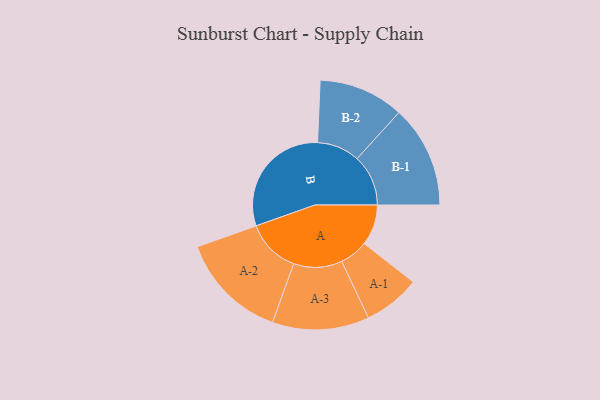
{"axis": {"x": "Segment", "y": "Value"}, "legend": ["", "A", "B"], "data": [{"x": "A", "y": 149, "type": ""}, {"x": "B", "y": 438, "type": ""}, {"x": "A-1", "y": 104, "type": "A"}, {"x": "A-2", "y": 198, "type": "A"}, {"x": "A-3", "y": 177, "type": "A"}, {"x": "B-1", "y": 187, "type": "B"}, {"x": "B-2", "y": 156, "type": "B"}]}